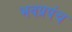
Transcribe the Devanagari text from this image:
भवप्रपंच